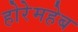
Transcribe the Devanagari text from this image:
होरेमहेब